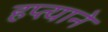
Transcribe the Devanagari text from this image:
हप्त्याने